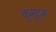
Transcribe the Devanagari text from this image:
कुमुदम